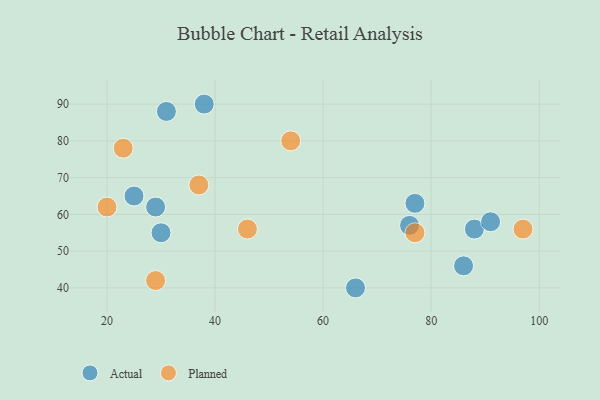
{"axis": {"x": "GDP", "y": "Life Expectancy"}, "legend": ["Actual", "Planned"], "data": [{"x": "30", "y": 55, "type": "Actual"}, {"x": "76", "y": 57, "type": "Actual"}, {"x": "25", "y": 65, "type": "Actual"}, {"x": "31", "y": 88, "type": "Actual"}, {"x": "88", "y": 56, "type": "Actual"}, {"x": "38", "y": 90, "type": "Actual"}, {"x": "86", "y": 46, "type": "Actual"}, {"x": "66", "y": 40, "type": "Actual"}, {"x": "91", "y": 58, "type": "Actual"}, {"x": "29", "y": 62, "type": "Actual"}, {"x": "77", "y": 63, "type": "Actual"}, {"x": "97", "y": 56, "type": "Planned"}, {"x": "77", "y": 55, "type": "Planned"}, {"x": "54", "y": 80, "type": "Planned"}, {"x": "29", "y": 42, "type": "Planned"}, {"x": "20", "y": 62, "type": "Planned"}, {"x": "23", "y": 78, "type": "Planned"}, {"x": "37", "y": 68, "type": "Planned"}, {"x": "46", "y": 56, "type": "Planned"}]}